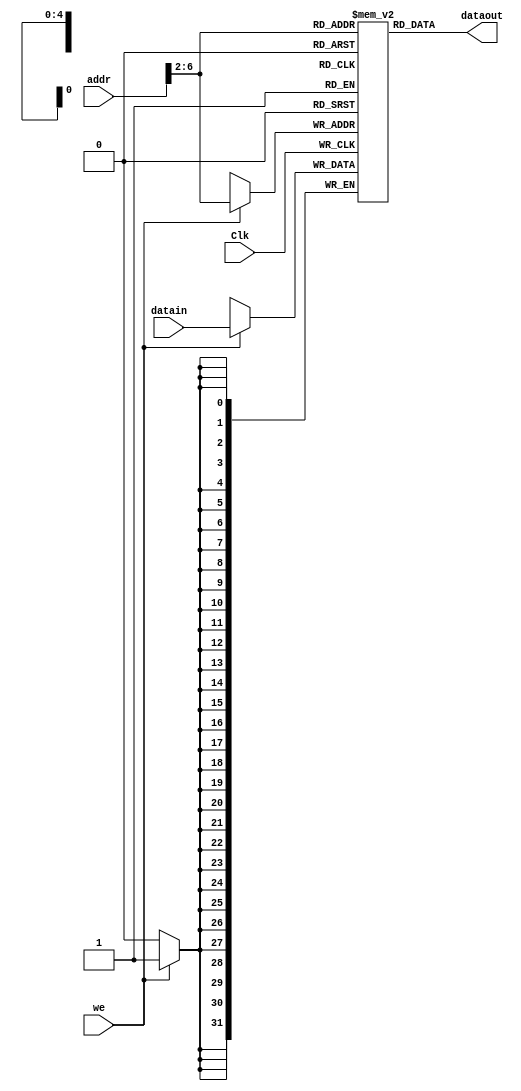
module DATAMEM(Clk, dataout, datain, addr, we);
	input Clk, we;
	input [31:0] datain, addr;
	output [31:0] dataout;
	reg [31:0] Ram [0:31];
	
	assign dataout = Ram[addr[6:2]];
	always @ (posedge Clk) begin
		if (we) Ram[addr[6:2]] = datain;
	end

	integer i;
	initial begin
		for (i = 0 ; i <= 31 ; i = i + 1) Ram [i] = 0;
	end		
	
endmodule